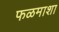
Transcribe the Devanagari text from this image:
फळमाशा